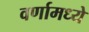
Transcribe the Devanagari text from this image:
वर्णामध्ये